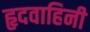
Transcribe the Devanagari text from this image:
हृदवाहिनी